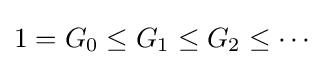
1=G_{0}\leq G_{1}\leq G_{2}\leq \cdots